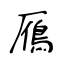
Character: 鴈